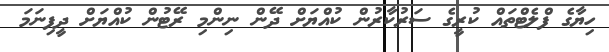
ހިޔާގެ ފްލެޓްތައް ކުރީގެ ސަރުކާރުން ކުއްޔަށް ދޭން ނިންމި ރޭޓުން ކުއްޔަށް ދީފިނަމަ